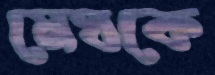
মেঘকে